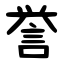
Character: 誉